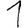
Digit: 1